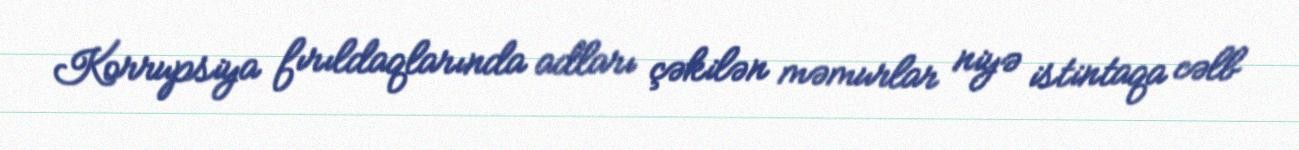
Korrupsiya fırıldaqlarında adları çəkilən məmurlar niyə istintaqa cəlb